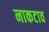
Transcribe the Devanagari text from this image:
नाकटाव